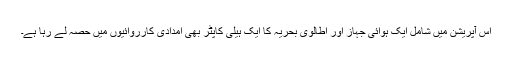
اس آپریشن میں شامل ایک ہوائی جہاز اور اطالوی بحریہ کا ایک ہیلی کاپٹر بھی امدادی کارروائیوں میں حصہ لے رہا ہے۔